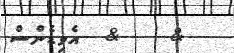
&    &  އެވިޑެންސް